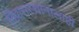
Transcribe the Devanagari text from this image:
निवासस्थानालाही